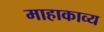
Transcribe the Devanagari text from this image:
माहाकाव्य